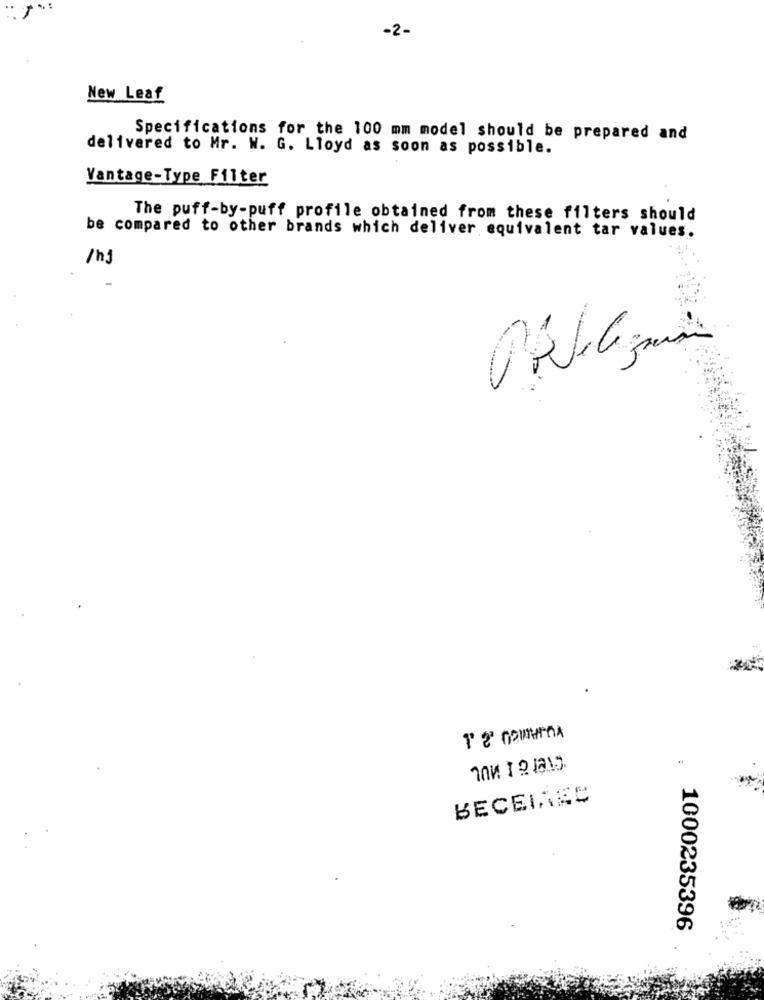
-2-
New Leaf
Specifications for the 100 mm model should be prepared and
delivered to Mr. W. G. Lloyd as soon as possible.
Vantage-Type Filter
The puff-by-puff profile obtained from these filters should
be compared to other brands which deliver equivalent tar values.
/hj
BECEINES
1000235396